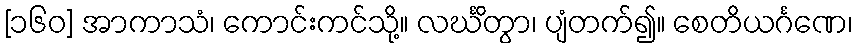
[၁၆၀] အာကာသံ၊ ကောင်းကင်သို့။ လင်္ဃိတွာ၊ ပျံတက်၍။ စေတိယင်္ဂဏေ၊